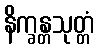
နိက္ခန္တသုတ္တံ